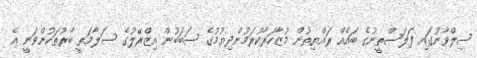
ސިލްވާނުގައި ފަލަސްތީނުގެ ބައެއް ރައްޔިތުން މުޒާހަރާކުރަމުންދިޔުމުގެ ސަބަބުން އިޒްރޭލުގެ ސަލާމަތީ ބާރުތަކުންވަނީ އެ